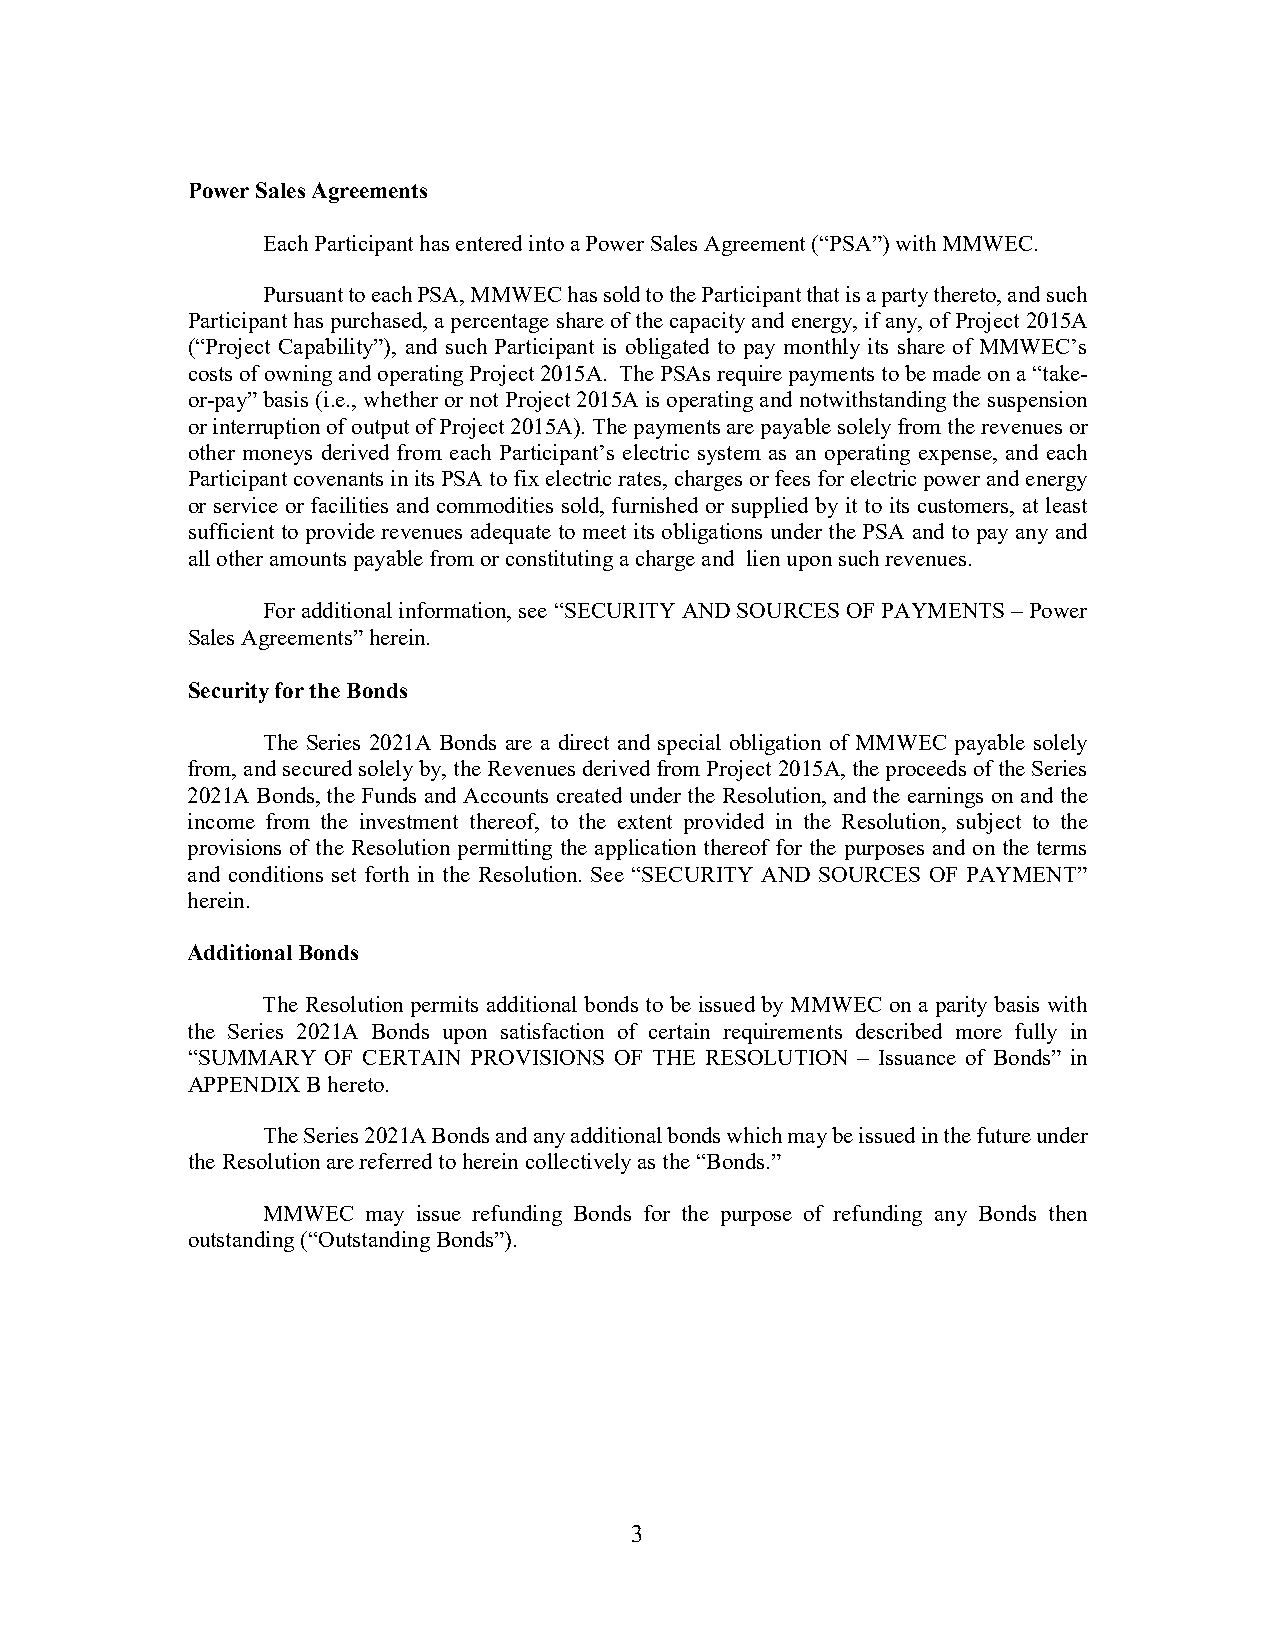
Power Sales Agreements
 Each Participant has entered into a Power Sales Agreement (“PSA”) with MMWEC.
 Pursuant to each PSA, MMWEC has sold to the Participant that is a party thereto, and such
 Participant has purchased, a percentage share of the capacity and energy, if any, of Project 2015A
 (“Project Capability”), and such Participant is obligated to pay monthly its share of MMWEC’s
 costs of owning and operating Project 2015A. The PSAs require payments to be made on a “take-
 or-pay” basis (i.e., whether or not Project 2015A is operating and notwithstanding the suspension
 or interruption of output of Project 2015A). The payments are payable solely from the revenues or
 other moneys derived from each Participant’s electric system as an operating expense, and each
 Participant covenants in its PSA to fix electric rates, charges or fees for electric power and energy
 or service or facilities and commodities sold, furnished or supplied by it to its customers, at least
 sufficient to provide revenues adequate to meet its obligations under the PSA and to pay any and
 all other amounts payable from or constituting a charge and lien upon such revenues.
 For additional information, see “SECURITY AND SOURCES OF PAYMENTS – Power
 Sales Agreements” herein.
 Security for the Bonds
 The Series 2021A Bonds are a direct and special obligation of MMWEC payable solely
 from, and secured solely by, the Revenues derived from Project 2015A, the proceeds of the Series
 2021A Bonds, the Funds and Accounts created under the Resolution, and the earnings on and the
 income from the investment thereof, to the extent provided in the Resolution, subject to the
 provisions of the Resolution permitting the application thereof for the purposes and on the terms
 and conditions set forth in the Resolution. See “SECURITY AND SOURCES OF PAYMENT”
 herein.
 Additional Bonds
 The Resolution permits additional bonds to be issued by MMWEC on a parity basis with
 the Series 2021A Bonds upon satisfaction of certain requirements described more fully in
 “SUMMARY OF CERTAIN PROVISIONS OF THE RESOLUTION – Issuance of Bonds” in
 APPENDIX B hereto.
 The Series 2021A Bonds and any additional bonds which may be issued in the future under
 the Resolution are referred to herein collectively as the “Bonds.”
 MMWEC  may issue refunding Bonds for the purpose of refunding any Bonds then
 outstanding (“Outstanding Bonds”).
 3